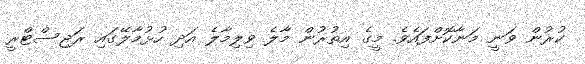
ކުރުން ވަނީ މަނާކޮށްފައެވެ. މީގެ އިތުރުން މާލެ ވިލިމާލެ އަދި ހުޅުމާލޭގައި ރަޖިސްޓްރީ